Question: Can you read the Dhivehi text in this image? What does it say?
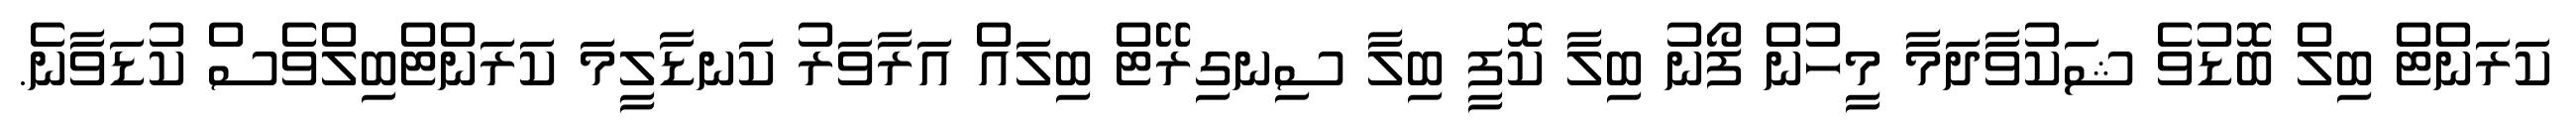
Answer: ކަރަންޓް ބިލް ބޮޑުވެ ޝަކުވާދަމާ މީހުން ފޯނު ބިލާ ކޮފީ ބިލާ ސިނގިރޭޓް ބިލައް އަރާވަރު ކަނޑާލީމަ ކަރަންޓްބިލްވެސް ކުޑަވާނެ.